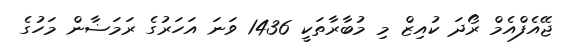
ޖޭއެފްއެމް ރޯދަ ކުއިޒް މި މުބާރާތަކީ 1436 ވަނަ އަހަރުގެ ރަމަޟާން މަހުގެ